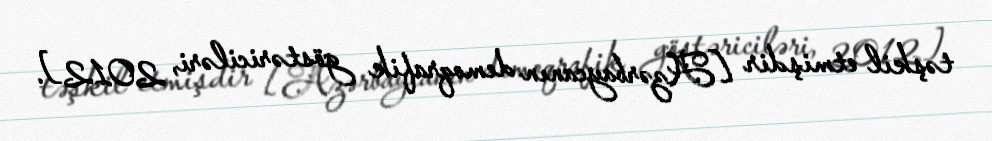
təşkil etmişdir [Azərbaycanın demoqrafik göstəriciləri, 2012].